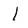
Character: l